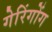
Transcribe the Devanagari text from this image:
गेरिंगोंग